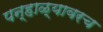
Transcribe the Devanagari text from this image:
पन्हाळ्यावरच